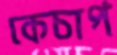
কেচাপ